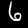
Label: 6